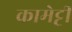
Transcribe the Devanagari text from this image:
कामेट्टी